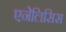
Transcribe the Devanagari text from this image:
एनेलिसिस